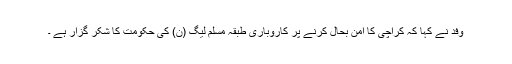
وفد نے کہا کہ کراچی کا امن بحال کرنے پر کاروباری طبقہ مسلم لیگ (ن) کی حکومت کا شکر گزار ہے ۔